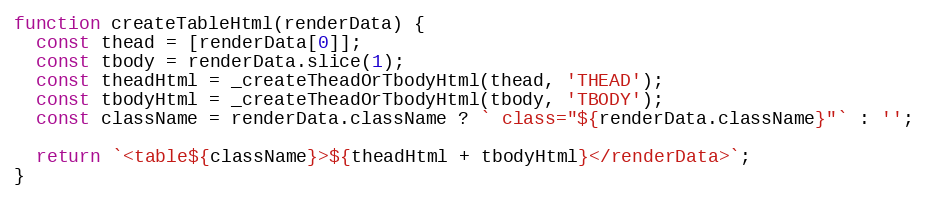
Language: JavaScript
function createTableHtml(renderData) {
  const thead = [renderData[0]];
  const tbody = renderData.slice(1);
  const theadHtml = _createTheadOrTbodyHtml(thead, 'THEAD');
  const tbodyHtml = _createTheadOrTbodyHtml(tbody, 'TBODY');
  const className = renderData.className ? ` class="${renderData.className}"` : '';

  return `<table${className}>${theadHtml + tbodyHtml}</renderData>`;
}